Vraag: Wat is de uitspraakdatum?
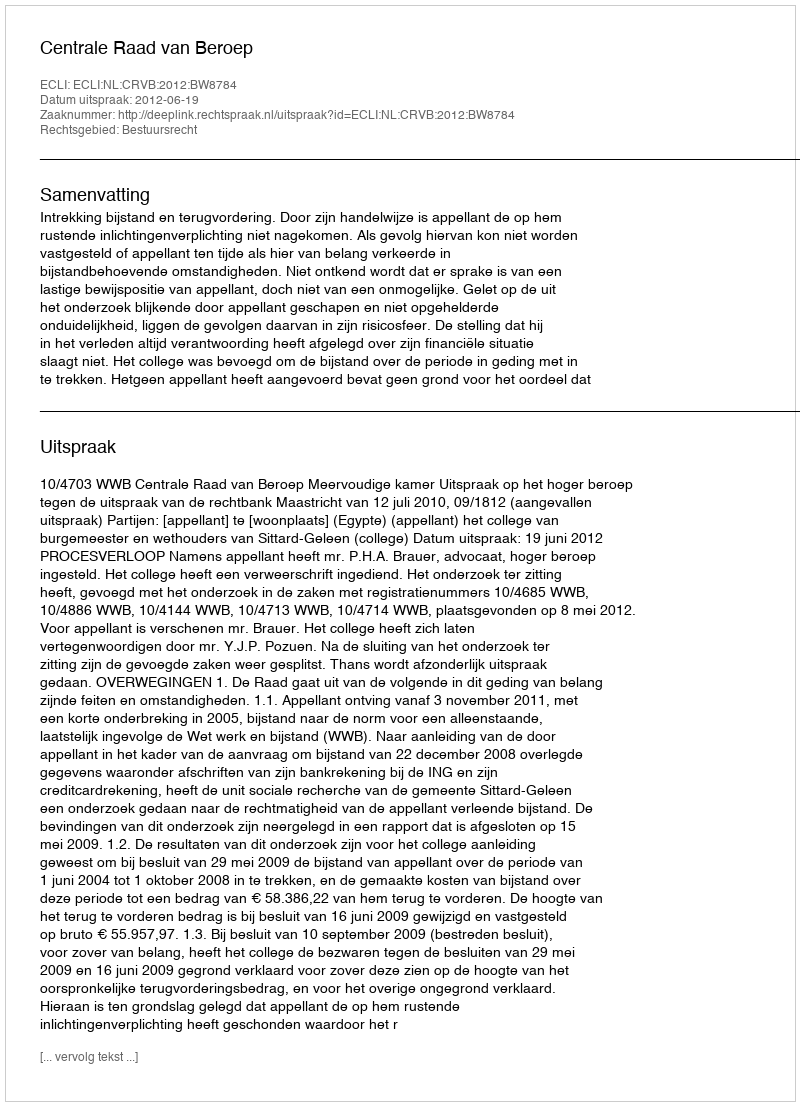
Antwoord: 2012-06-19